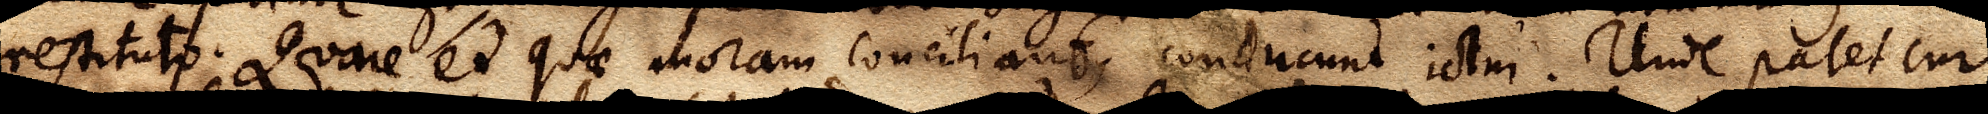
restituto. Quare et quae moram conciliant, conducunt ictui. Unde patet cur